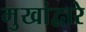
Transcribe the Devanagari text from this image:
मुखांद्वारे